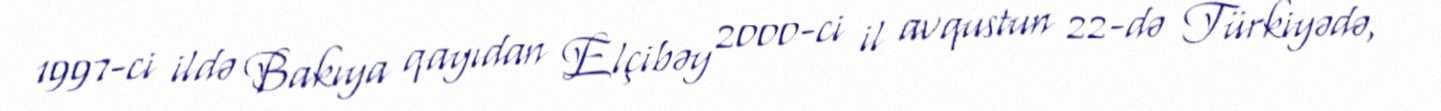
1997-ci ildə Bakıya qayıdan Elçibəy 2000-ci il avqustun 22-də Türkiyədə,